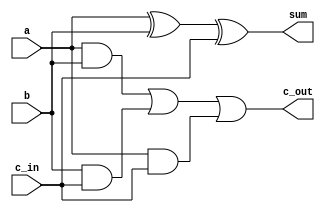
module one_bit_adder (a, b, c_in, sum, c_out);

    input a, b, c_in;
    output wire sum, c_out;

    // full adder logic for a single bit
    assign sum = a ^ b ^ c_in;
    assign c_out = (a & b) || (b & c_in) || (a & c_in);

endmodule